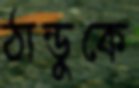
ঠান্ডুকে